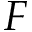
F